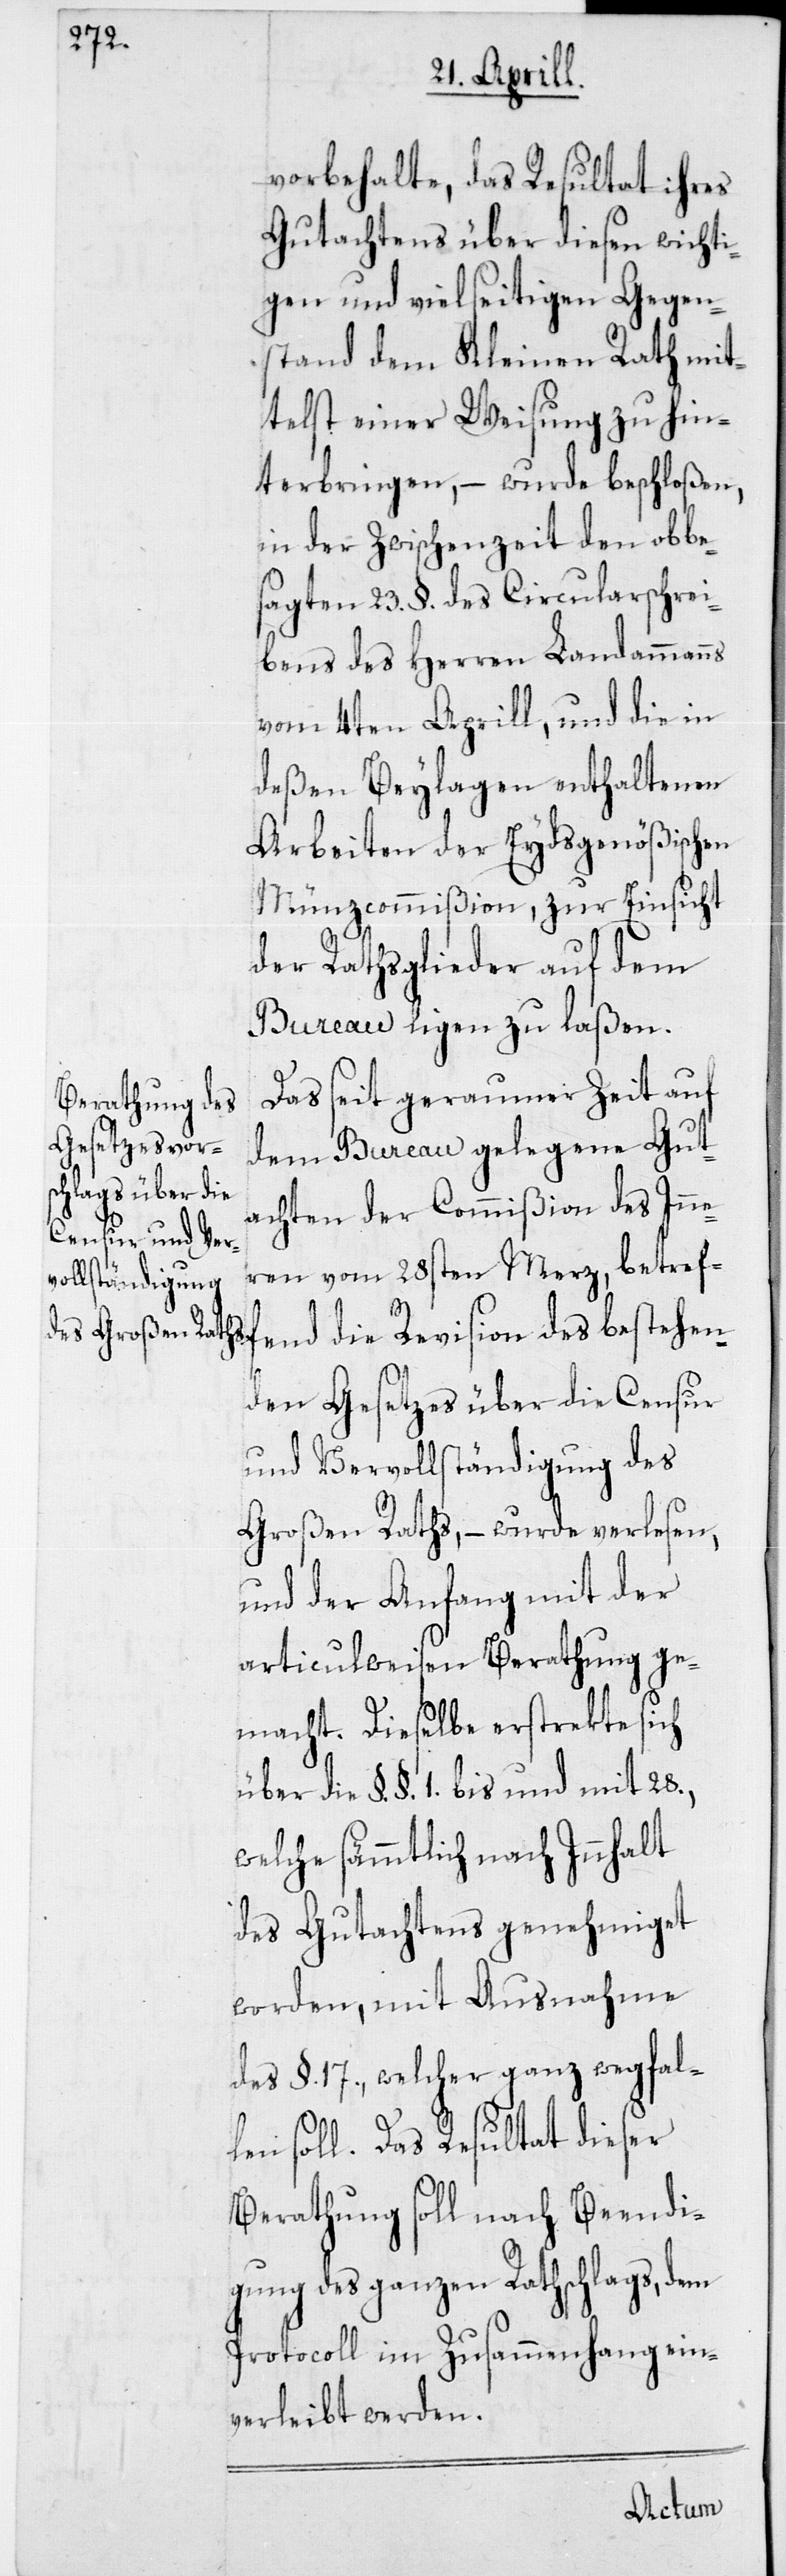
vorbehalte, das Resultat ihres
Gutachtens über diesen wichti¬
gen und vielseitigen Gegen¬
stand dem Kleinen Rath mit¬
telst einer Weisung zu hin¬
terbringen, – wurde beschloßen,
in der Zwischenzeit den obbe¬
sagten 23. §. des Circularschrei¬
bens des Herren Landammanns
vom 4ten Aprill, und die in
deßen Beylagen enthaltenen
Arbeiten der Eydsgenößischen
Münzcommißion, zur Einsicht
der Rathsglieder auf dem
Bureau ligen zu laßen.
Das seit geraumer Zeit auf
dem Bureau gelegene Gut¬
achten der Commißion des Inne¬
ren vom 28sten Merz, betref¬
fend die Revision des bestehen¬
den Gesetzes über die Censur
und Vervollständigung des
Großen Raths, – wurde verlesen,
und der Anfang mit der
articulweisen Berathung ge¬
macht. Dieselbe erstrekte sich
über die §. §. 1. bis und mit 28.,
welche sämmtlich nach Innhalt
des Gutachtens genehmiget
worden, mit Ausnahme
des §. 17., welcher ganz wegfal¬
len soll. Das Resultat dieser
Berathung soll nach Beendi¬
gung des ganzen Rathschlags, dem
Protocoll im Zusammenhang ein¬
verleibt werden.